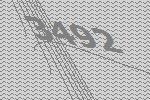
3492